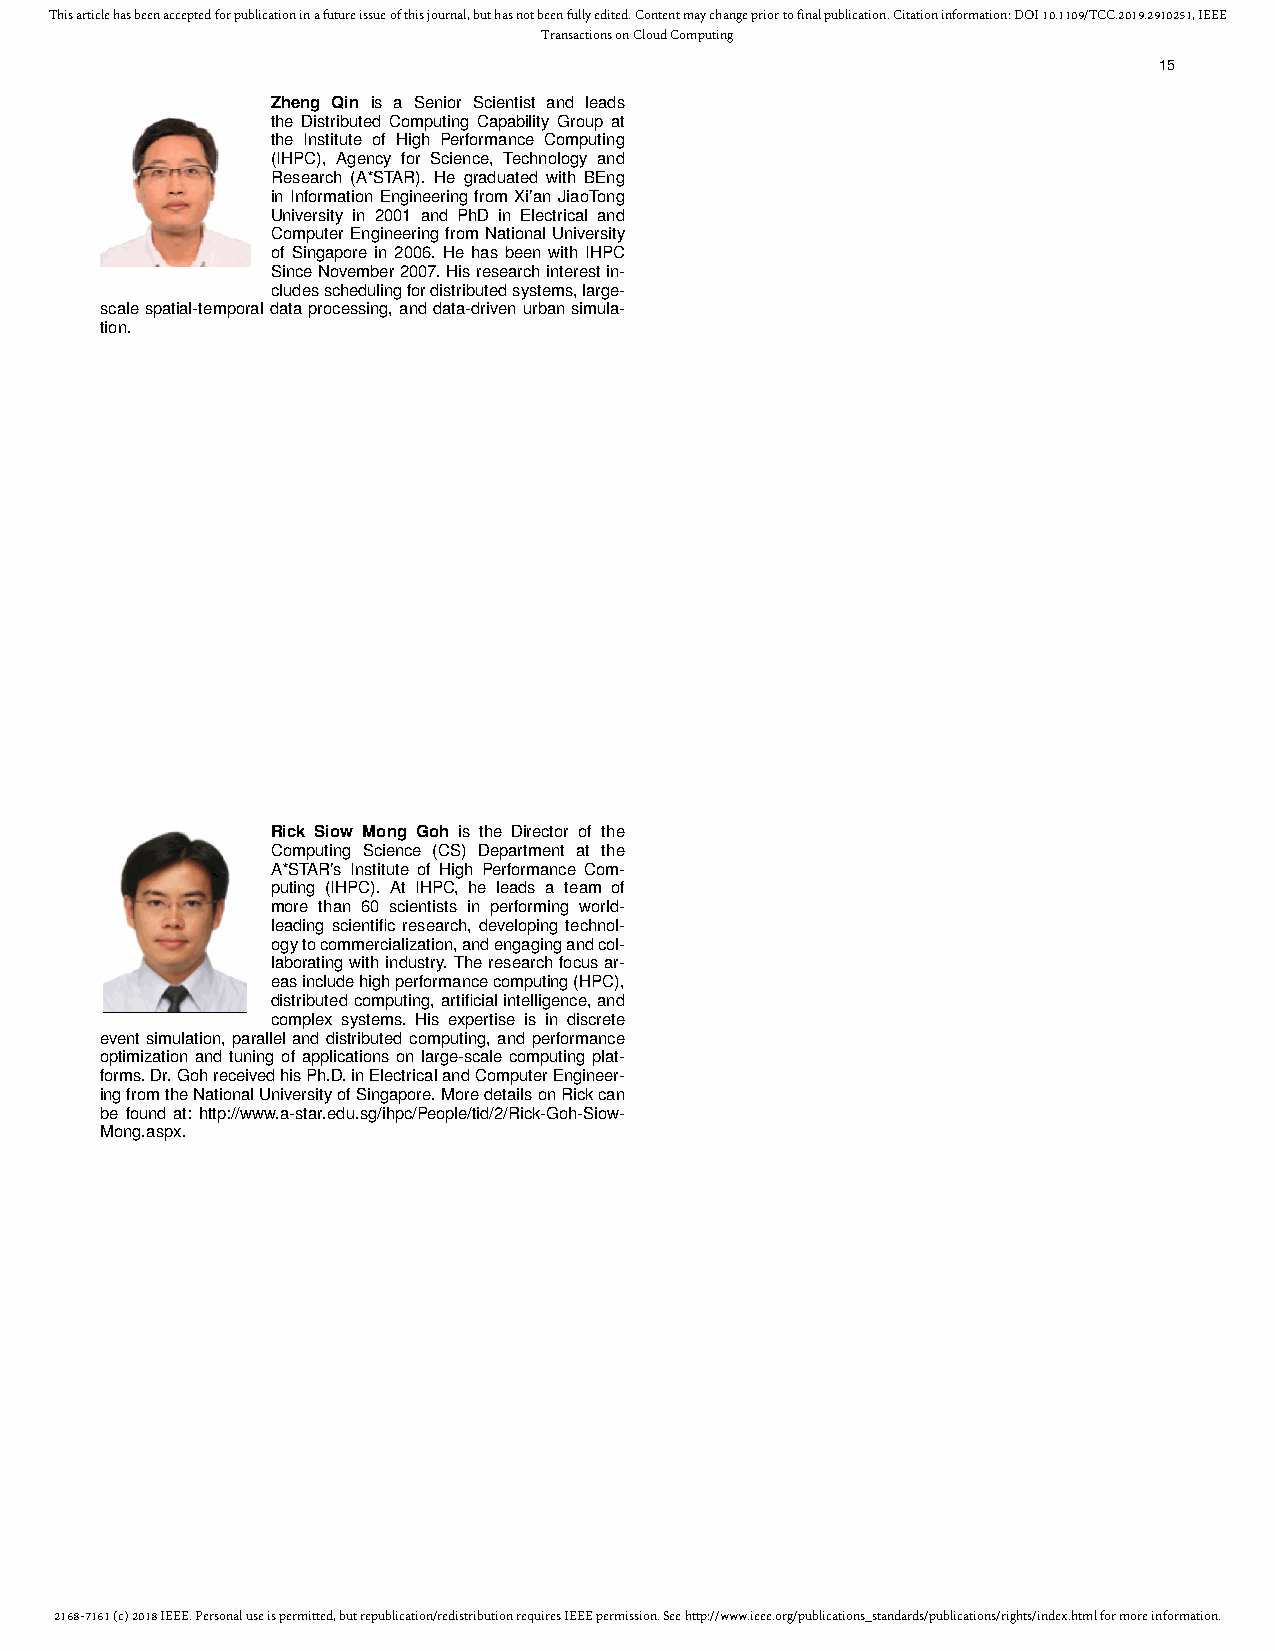
This article has been accepted for publication in a future issue of this journal, but has not been fully edited. Content may change prior to final publication. Citation information: DOI 10.1109/TCC.2019.2910251, IEEE
 Transactions on Cloud Computing
 15
 Zheng Qin is a Senior Scientist and leads
 the Distributed Computing Capability Group at
 the Institute of High Performance Computing
 (IHPC), Agency for Science, Technology and
 Research (A*STAR). He graduated with BEng
 in Information Engineering from Xi’an JiaoTong
 University in 2001 and PhD in Electrical and
 ComputerEngineeringfromNationalUniversity
 of Singapore in 2006. He has been with IHPC
 SinceNovember2007.Hisresearchinterestin-
 cludesschedulingfordistributedsystems,large-
 scalespatial-temporaldataprocessing,anddata-drivenurbansimula-
 tion.
 Rick Siow Mong Goh is the Director of the
 Computing Science (CS) Department at the
 A*STAR’s Institute of High Performance Com-
 puting (IHPC). At IHPC, he leads a team of
 more than 60 scientists in performing world-
 leading scientific research, developing technol-
 ogytocommercialization,andengagingandcol-
 laboratingwithindustry.Theresearchfocusar-
 easincludehighperformancecomputing(HPC),
 distributedcomputing,artificialintelligence,and
 complex systems. His expertise is in discrete
 event simulation, parallel and distributed computing, and performance
 optimization and tuning of applications on large-scale computing plat-
 forms.Dr.GohreceivedhisPh.D.inElectricalandComputerEngineer-
 ingfromtheNationalUniversityofSingapore.MoredetailsonRickcan
 be found at: http://www.a-star.edu.sg/ihpc/People/tid/2/Rick-Goh-Siow-
 Mong.aspx.
 2168-7161 (c) 2018 IEEE. Personal use is permitted, but republication/redistribution requires IEEE permission. See http://www.ieee.org/publications_standards/publications/rights/index.html for more information.